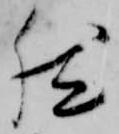
然